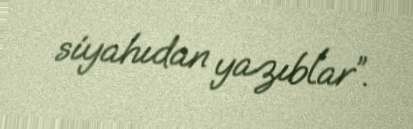
siyahıdan yazıblar”.